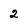
Character: 2